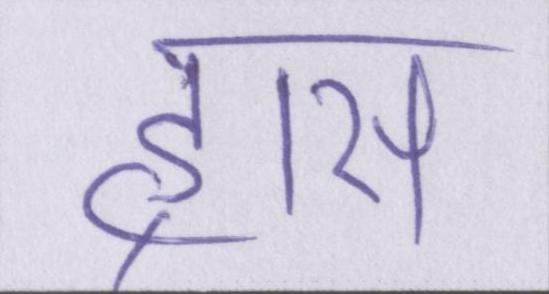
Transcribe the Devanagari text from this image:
ह्रास